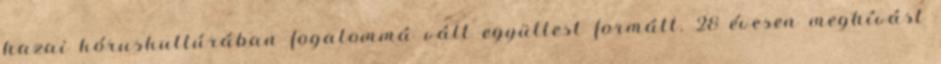
hazai kóruskultúrában fogalommá vált együttest formált. 28 évesen meghívást